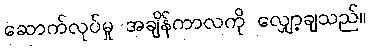
ဆောက်လုပ်မှု အချိန်ကာလကို လျှော့ချသည်။